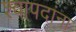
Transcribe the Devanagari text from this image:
श्वापदांना